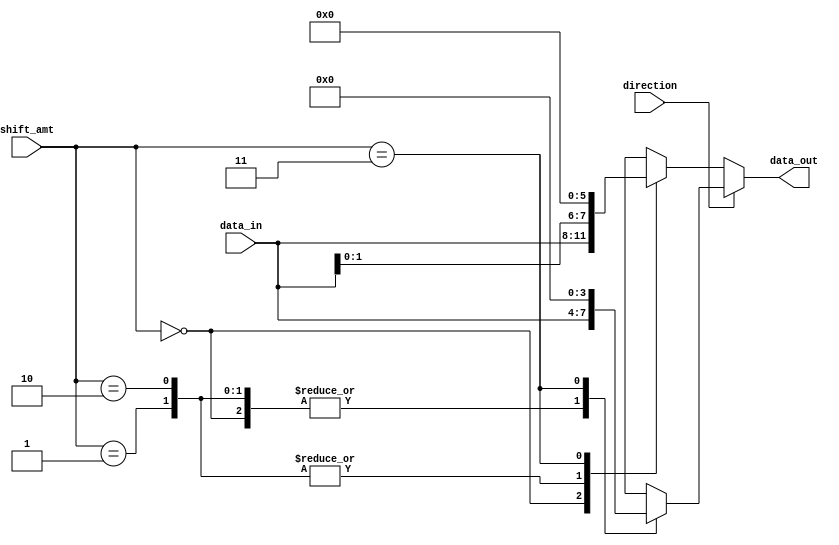
module barrel_shifter (
    input [3:0] data_in,
    input [1:0] shift_amt,
    input direction,
    output reg [3:0] data_out
);

always @(*) begin
    if (direction) begin // Right shift
        case (shift_amt)
            2'b00: data_out = data_in;
            2'b01: data_out = {data_in[0], data_in};
            2'b10: data_out = {2'b00, data_in};
            2'b11: data_out = 4'b0000;
        endcase
    end else begin // Left shift
        case (shift_amt)
            2'b00: data_out = data_in;
            2'b01: data_out = {data_in[1:0], 2'b00};
            2'b10: data_out = {data_in[2:0], 2'b00};
            2'b11: data_out = 4'b0000;
        endcase
    end
end

endmodule